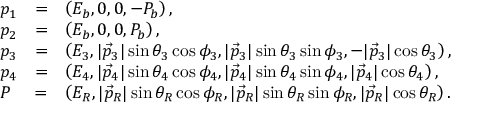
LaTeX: \begin{array} { l c l } { { p _ { 1 } } } & { { = } } & { { \left( E _ { b } , 0 , 0 , - P _ { b } \right) , } } \\ { { p _ { 2 } } } & { { = } } & { { \left( E _ { b } , 0 , 0 , P _ { b } \right) , } } \\ { { p _ { 3 } } } & { { = } } & { { \left( E _ { 3 } , | \vec { p } _ { 3 } | \sin \theta _ { 3 } \cos \phi _ { 3 } , | \vec { p } _ { 3 } | \sin \theta _ { 3 } \sin \phi _ { 3 } , - | \vec { p } _ { 3 } | \cos \theta _ { 3 } \right) , } } \\ { { p _ { 4 } } } & { { = } } & { { \left( E _ { 4 } , | \vec { p } _ { 4 } | \sin \theta _ { 4 } \cos \phi _ { 4 } , | \vec { p } _ { 4 } | \sin \theta _ { 4 } \sin \phi _ { 4 } , | \vec { p } _ { 4 } | \cos \theta _ { 4 } \right) , } } \\ { { P } } & { { = } } & { { \left( E _ { R } , | \vec { p } _ { R } | \sin \theta _ { R } \cos \phi _ { R } , | \vec { p } _ { R } | \sin \theta _ { R } \sin \phi _ { R } , | \vec { p } _ { R } | \cos \theta _ { R } \right) . } } \end{array}